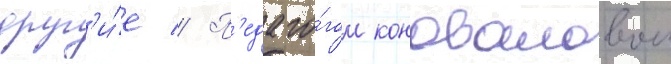
друг'и́е // П'едаго́гом коноваловои